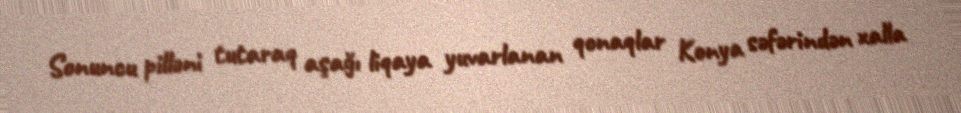
Sonuncu pilləni tutaraq aşağı liqaya yuvarlanan qonaqlar Konya səfərindən xalla